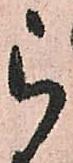
被